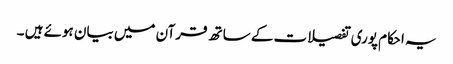
یہ احکام پوری تفصیلات کے ساتھ قرآن میں بیان ہوئے ہیں ۔